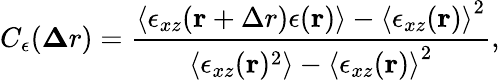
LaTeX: C_{\epsilon}({\mathbf\Delta r})=\frac{\left<\epsilon_{xz}({\mathbf r+\Delta r})\epsilon({\mathbf r})\right>-\left<\epsilon_{xz}({\mathbf r})\right>^{2}}{\left<\epsilon_{xz}({\mathbf r})^{2}\right>-\left<\epsilon_{xz}({\mathbf r})\right>^{2}},